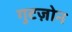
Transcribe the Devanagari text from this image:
गुटज़ोन